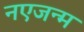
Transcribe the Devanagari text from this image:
नएजन्म